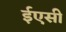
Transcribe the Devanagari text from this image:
ईएसी